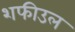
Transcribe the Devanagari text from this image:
शफीउल